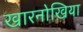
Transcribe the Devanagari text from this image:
खारनोखिया